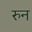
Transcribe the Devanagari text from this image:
रुन